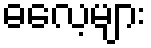
ဓလေ့များ